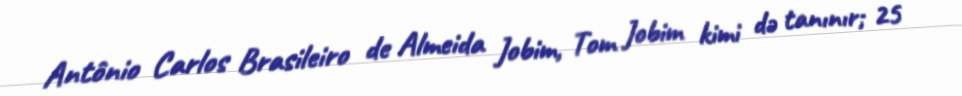
Antônio Carlos Brasileiro de Almeida Jobim, Tom Jobim kimi də tanınır; 25